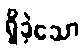
ရှိခဲ့သော